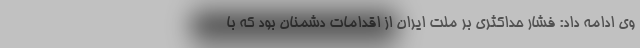
وی ادامه داد: فشار حداکثری بر ملت ایران از اقدامات دشمنان بود که با